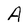
Character: A